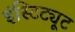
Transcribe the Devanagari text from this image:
इंस्टिट्यूट